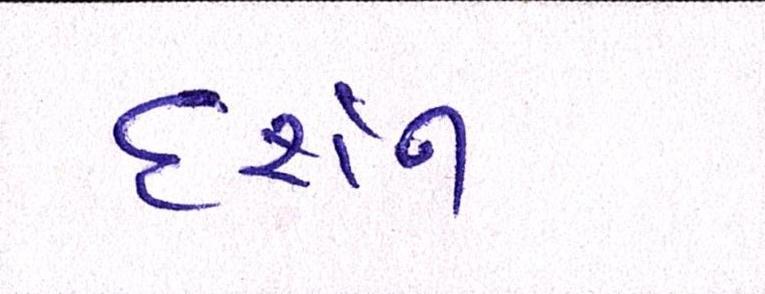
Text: દર્શન